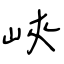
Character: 峽